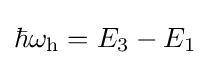
\hbar \omega _{\text{h}}=E_{3}-E_{1}